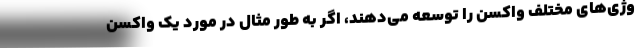
وژی‌های مختلف واکسن را توسعه می‌دهند، اگر به طور مثال در مورد یک واکسن